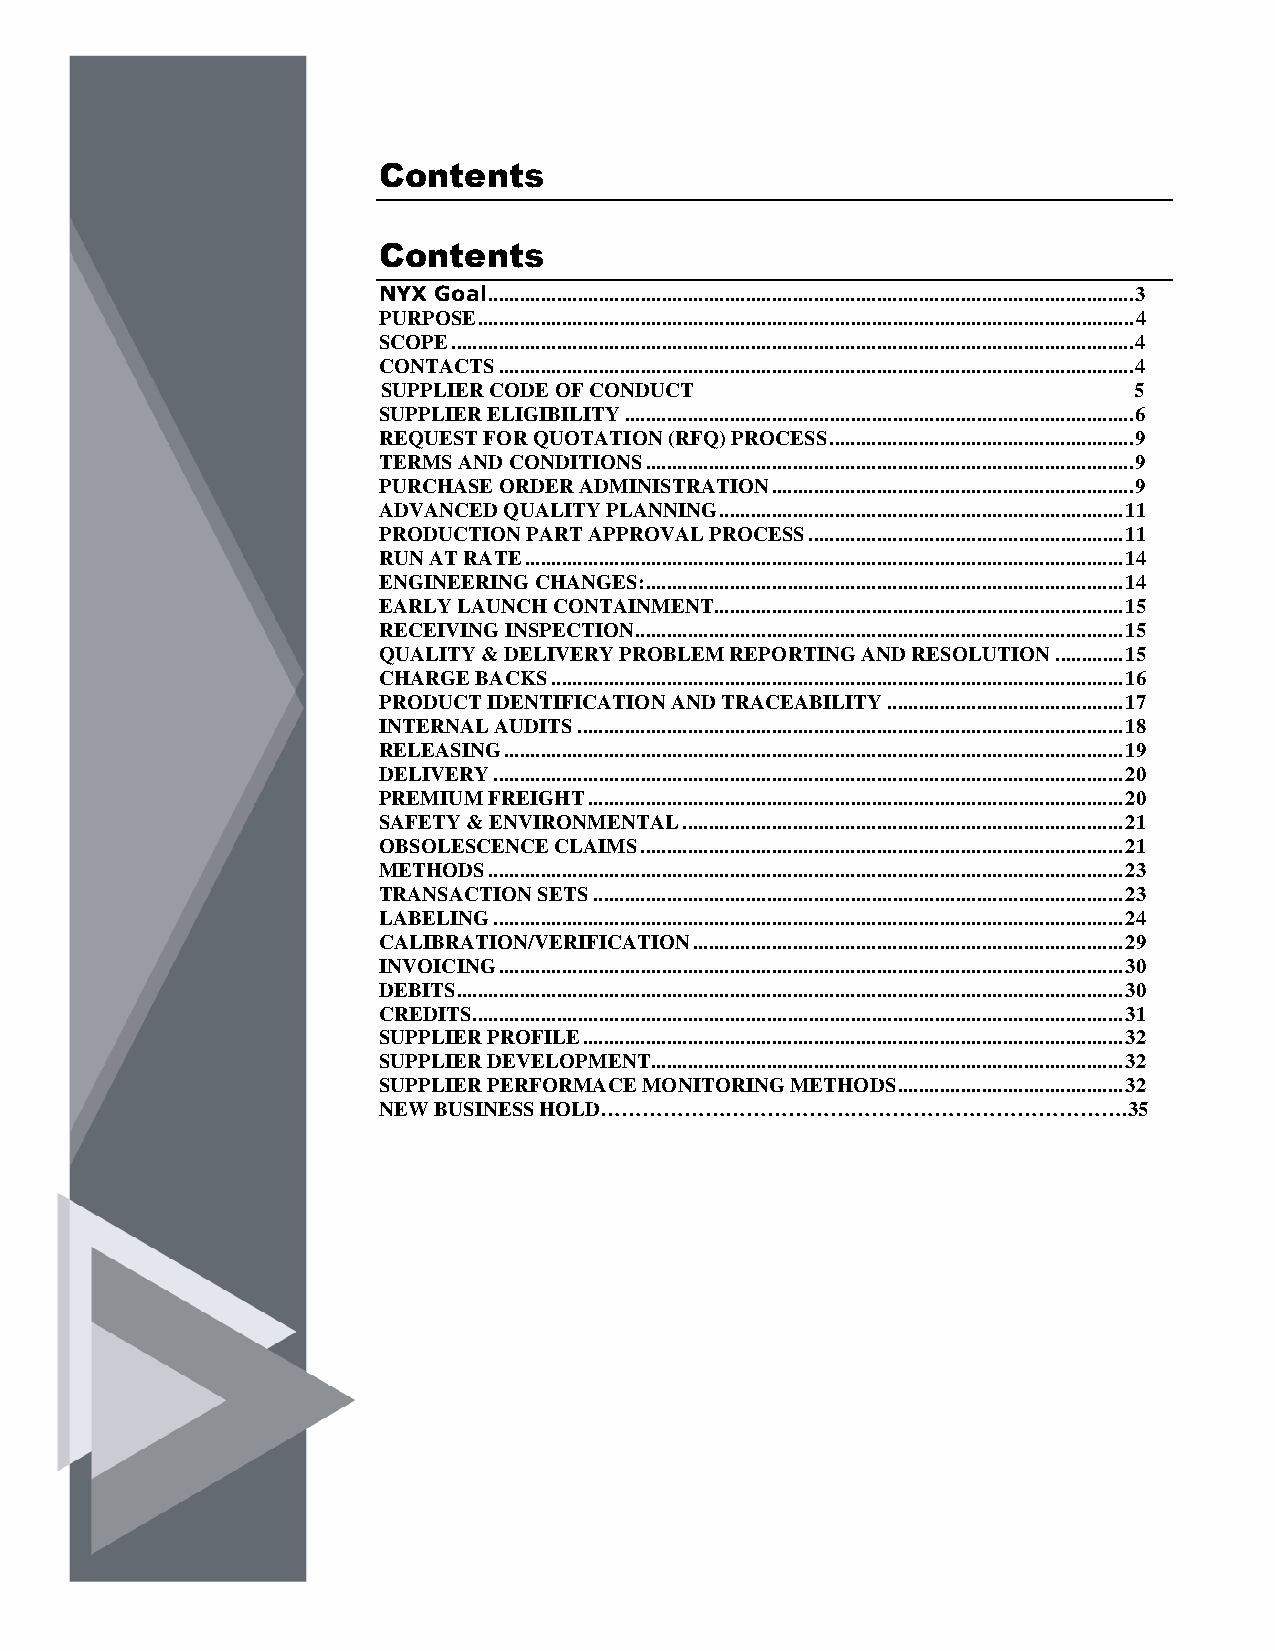
Contents
 Contents
 NYX Goal ........................................................................................................................... 3
 PURPOSE ............................................................................................................................. 4
 SCOPE .................................................................................................................................. 4
 CONTACTS ......................................................................................................................... 4
 SUPPLIER CODE OF CONDUCT                          5
 SUPPLIER ELIGIBILITY ................................................................................................. 6
 REQUEST FOR QUOTATION (RFQ) PROCESS .......................................................... 9
 TERMS AND CONDITIONS ............................................................................................. 9
 PURCHASE ORDER ADMINISTRATION ..................................................................... 9
 ADVANCED QUALITY PLANNING ............................................................................. 11
 PRODUCTION PART APPROVAL PROCESS ............................................................ 11
 RUN AT RATE .................................................................................................................. 14
 ENGINEERING CHANGES: ........................................................................................... 14
 EARLY LAUNCH CONTAINMENT.............................................................................. 15
 RECEIVING INSPECTION ............................................................................................. 15
 QUALITY & DELIVERY PROBLEM REPORTING AND RESOLUTION ............. 15
 CHARGE BACKS ............................................................................................................. 16
 PRODUCT IDENTIFICATION AND TRACEABILITY ............................................. 17
 INTERNAL AUDITS ........................................................................................................ 18
 RELEASING ...................................................................................................................... 19
 DELIVERY ........................................................................................................................ 20
 PREMIUM FREIGHT ...................................................................................................... 20
 SAFETY & ENVIRONMENTAL .................................................................................... 21
 OBSOLESCENCE CLAIMS ............................................................................................ 21
 METHODS ......................................................................................................................... 23
 TRANSACTION SETS ..................................................................................................... 23
 LABELING ........................................................................................................................ 24
 CALIBRATION/VERIFICATION .................................................................................. 29
 INVOICING ....................................................................................................................... 30
 DEBITS ............................................................................................................................... 30
 CREDITS ............................................................................................................................ 31
 SUPPLIER PROFILE ....................................................................................................... 32
 SUPPLIER DEVELOPMENT .......................................................................................... 32
 SUPPLIER PERFORMACE MONITORING METHODS ........................................... 32
 NEW BUSINESS HOLD………………………………………………………………….35